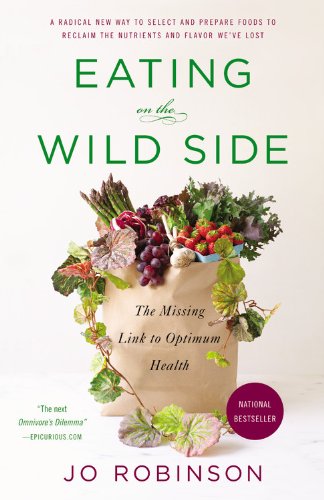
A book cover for Eating on the Wild Side: The Missing Link to Optimum Health; Jo Robinson; Science & Math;